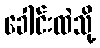
ခေါင်းထဲသို့